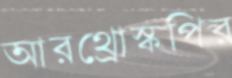
আরথ্রোস্কপির